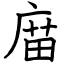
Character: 庿